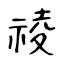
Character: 祾